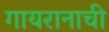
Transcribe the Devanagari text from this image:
गायरानाची